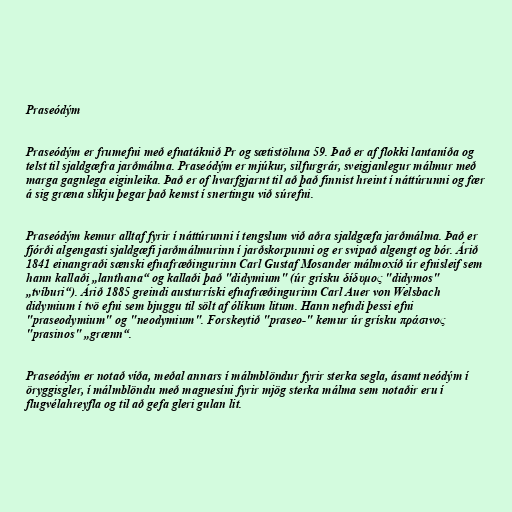
Praseódým

Praseódým er frumefni með efnatáknið Pr og sætistöluna 59. Það er af flokki lantaníða og
telst til sjaldgæfra jarðmálma. Praseódým er mjúkur, silfurgrár, sveigjanlegur málmur með
marga gagnlega eiginleika. Það er of hvarfgjarnt til að það finnist hreint í náttúrunni og fær
á sig græna slikju þegar það kemst í snertingu við súrefni.

Praseódým kemur alltaf fyrir í náttúrunni í tengslum við aðra sjaldgæfa jarðmálma. Það er
fjórði algengasti sjaldgæfi jarðmálmurinn í jarðskorpunni og er svipað algengt og bór. Árið
1841 einangraði sænski efnafræðingurinn Carl Gustaf Mosander málmoxíð úr efnisleif sem
hann kallaði „lanthana“ og kallaði það "didymium" (úr grísku δίδυμος "didymos"
„tvíburi“). Árið 1885 greindi austurríski efnafræðingurinn Carl Auer von Welsbach
didymium í tvö efni sem bjuggu til sölt af ólíkum litum. Hann nefndi þessi efni
"praseodymium" og "neodymium". Forskeytið "praseo-" kemur úr grísku πράσινος
"prasinos" „grænn“.

Praseódým er notað víða, meðal annars í málmblöndur fyrir sterka segla, ásamt neódým í
öryggisgler, í málmblöndu með magnesíni fyrir mjög sterka málma sem notaðir eru í
flugvélahreyfla og til að gefa gleri gulan lit.